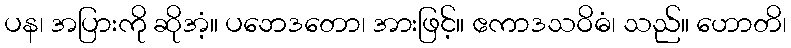
ပန၊ အပြားကို ဆိုအံ့။ ပဘေဒတော၊ အားဖြင့်။ ဧကာဒသဝိဓံ၊ သည်။ ဟောတိ၊